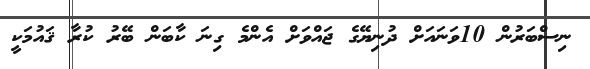
ނިސްބަރުން 10ވަނައަށް ދުނިޔޭގެ ޖައްވަށް އެންމެ ގިނަ ކާބަން ބޭރު ކުރާ ޤައުމަކީ